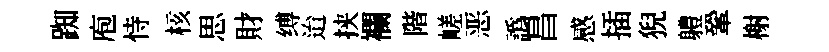
踟庖恃核思財缚迨挟襴階嵯恶譌昌感插猊軆鞏榭